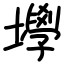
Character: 㙾